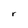
Character: r